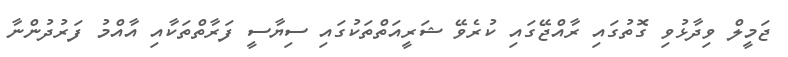
ޖަމީލް ވިދާޅުވި ގޮތުގައި ރާއްޖޭގައި ކުރެވޭ ޝަރީއަތްތަކުގައި ސިޔާސީ ފަރާތްތަކާއި އާއްމު ފަރުދުންނާ